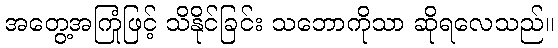
အတွေ့အကြုံဖြင့် သိနိုင်ခြင်း သဘောကိုသာ ဆိုရလေသည်။